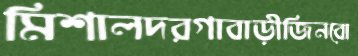
মিশালদরগাবাড়ীজিনবো